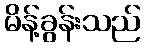
မိန့်ခွန်းသည်